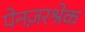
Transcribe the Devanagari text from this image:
पेनज़रश्रेक